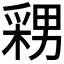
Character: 𭫫